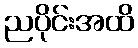
ညပိုင်းအထိ